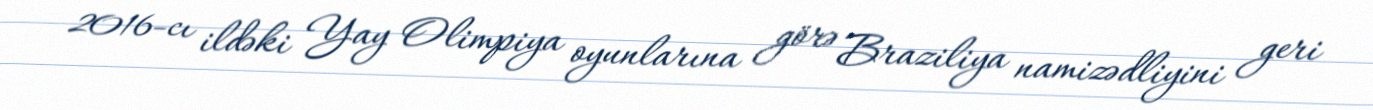
2016-cı ildəki Yay Olimpiya oyunlarına görə Braziliya namizədliyini geri